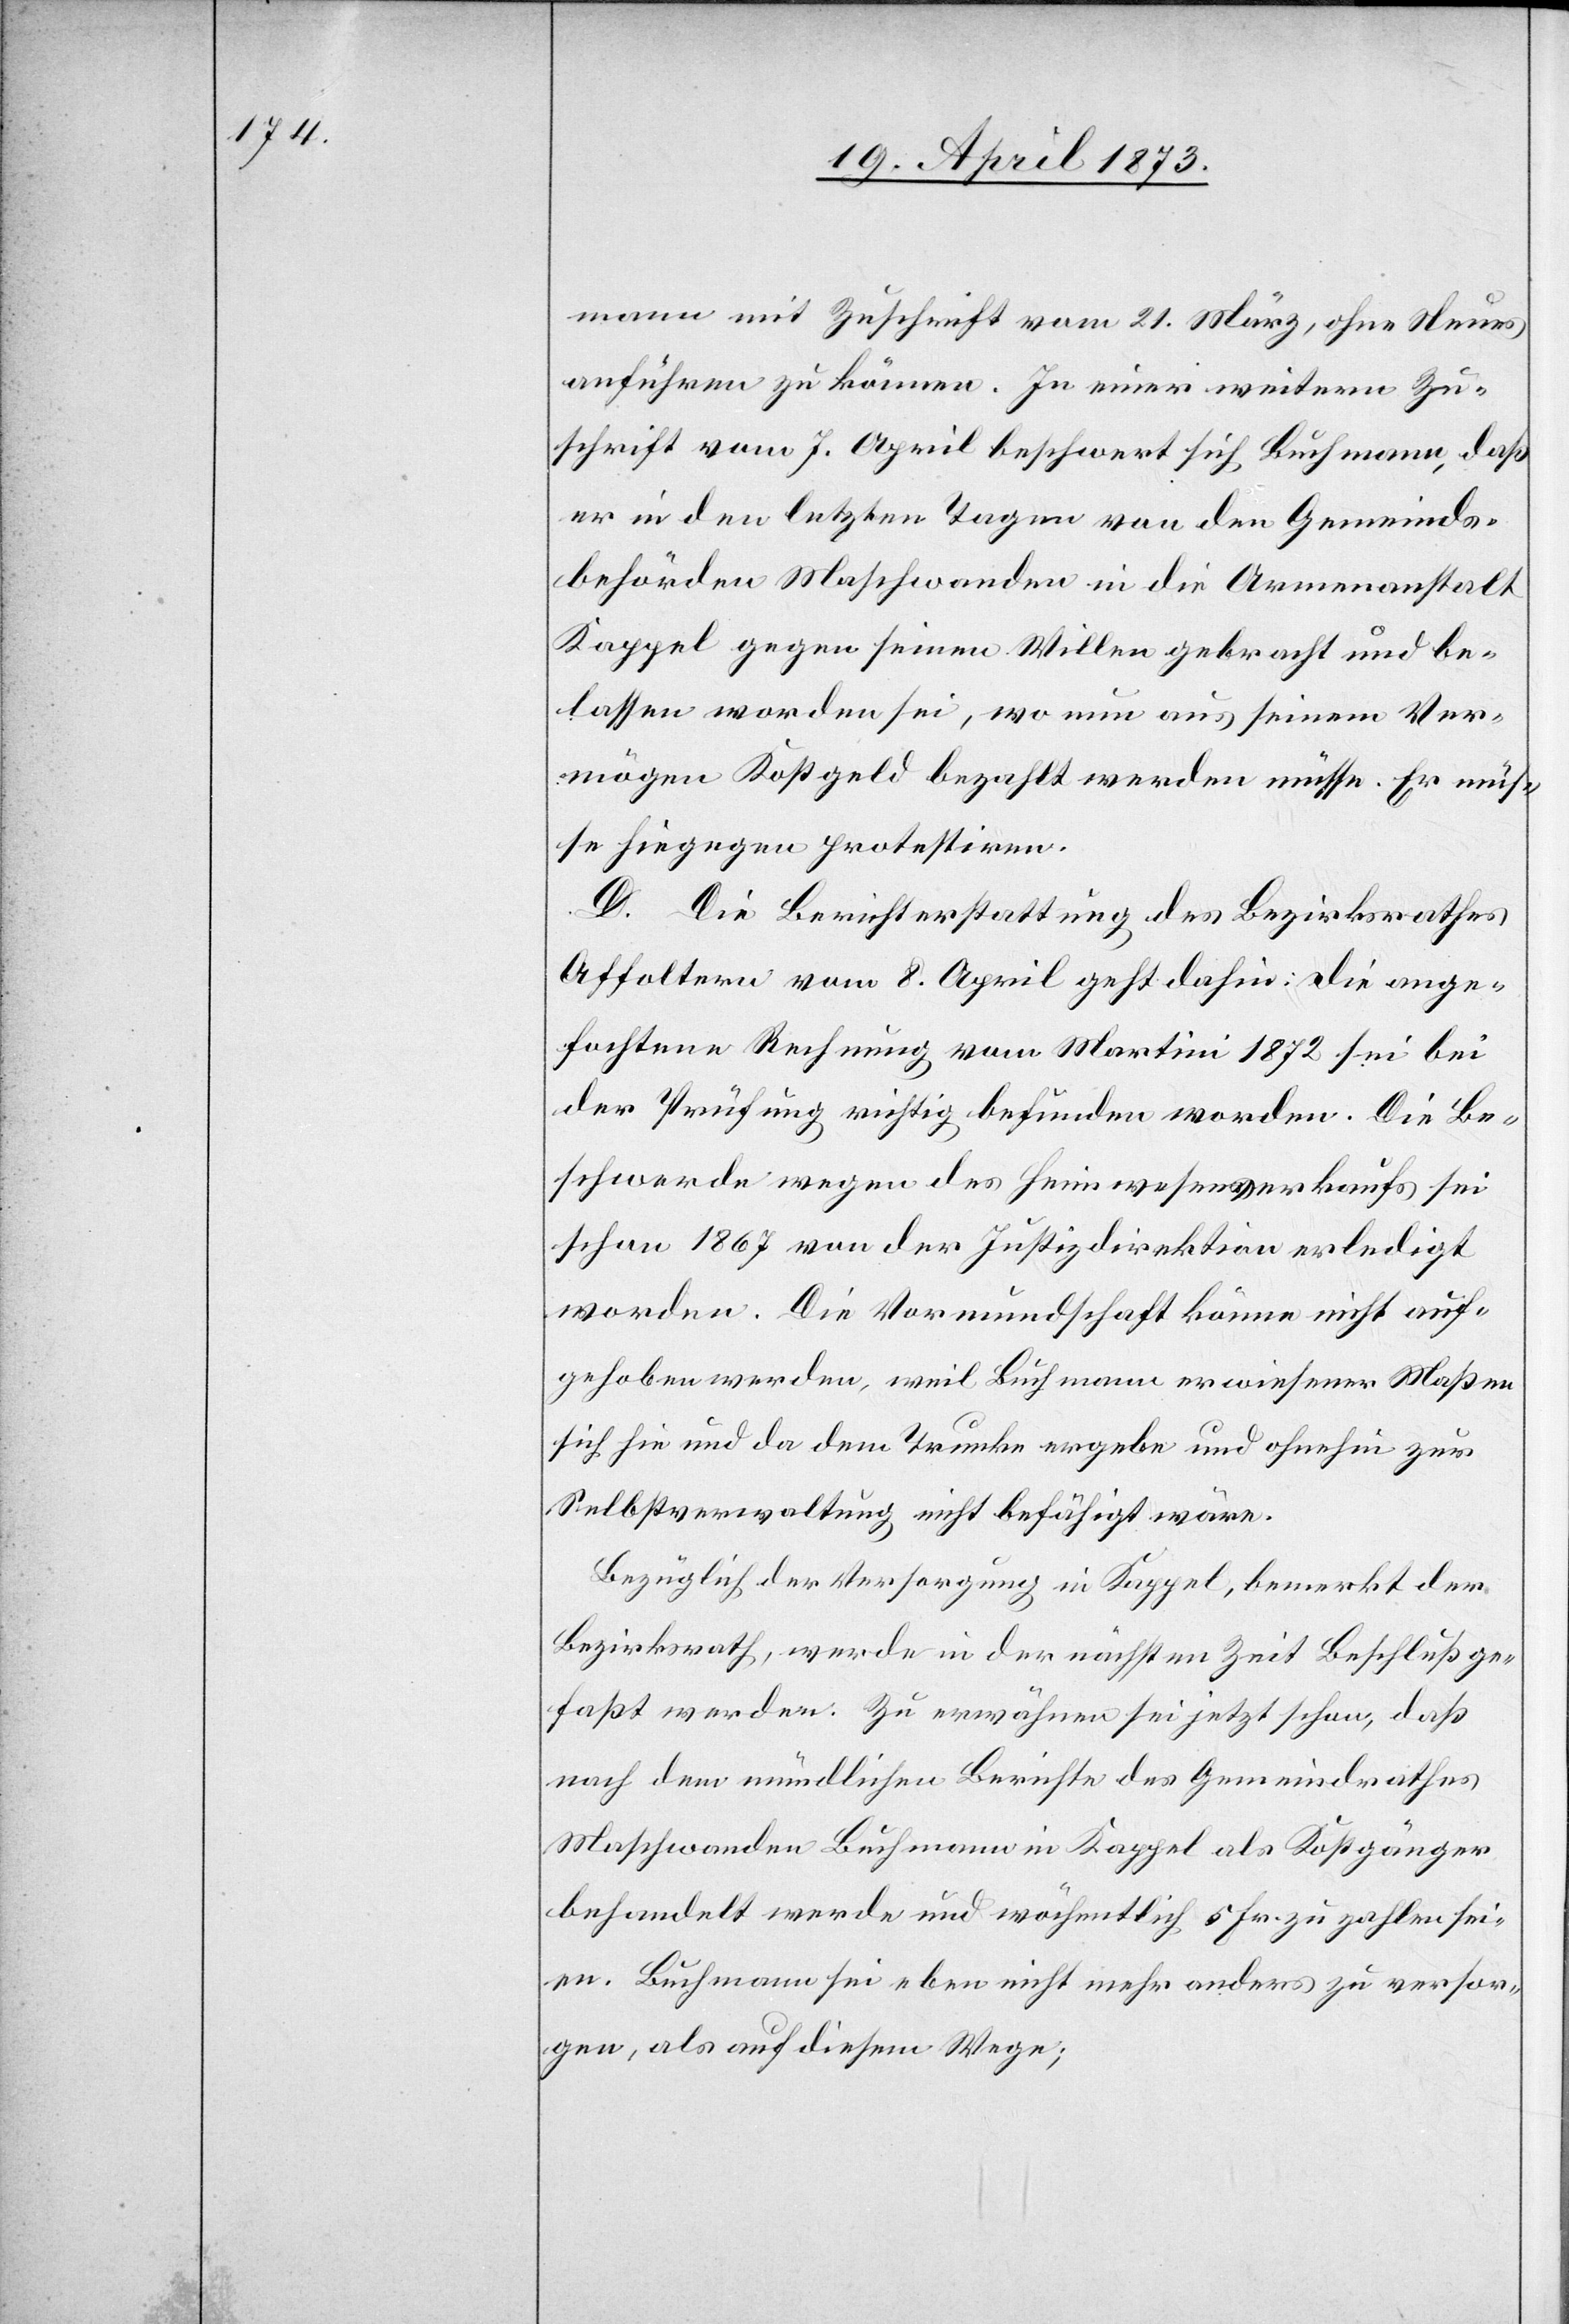
mann mit Zuschrift vom 21. März, ohne Neues
anführen zu können. In einer weitern Zu¬
schrift vom 7. April beschwert sich Buchmann, daß
er in den letzten Tagen von den Gemeinds¬
behörden Maschwanden in die Armenanstalt
Kappel gegen seinen Willen gebracht und be¬
lassen worden sei, wo nun aus seinem Ver¬
mögen Kostgeld bezahlt werden müsse. Er müs¬
se hiegegen protestiren.
D. Die Berichterstattung des Bezirksrathes
Affoltern vom 8. April geht dahin: die ange¬
fochtene Rechnung vom Martini 1872 sei bei
der Prüfung richtig befunden worden. Die Be¬
schwerde wegen des Heimwesenverkaufs sei
schon 1867 von der Justizdirektion erledigt
worden. Die Vormundschaft könne nicht auf¬
gehoben werden, weil Buchmann erwiesener Maßen
sich hie und da dem Trunke ergebe und ohnehin zur
Selbstverwaltung nicht befähigt wäre.
Bezüglich der Versorgung in Kappel, bemerkt der
Bezirksrath, werde in der nächsten Zeit Beschluß ge¬
faßt werden. Zu erwähnen sei jetzt schon, daß
nach dem mündlichen Berichte des Gemeindrathes
Maschwanden Buchmann in Kappel als Kostgänger
behandelt werde und wöchentlich 5 Fr. zu zahlen sei¬
en. Buchmann sei eben nicht mehr anders zu versor¬
gen, als auf diesem Wege;